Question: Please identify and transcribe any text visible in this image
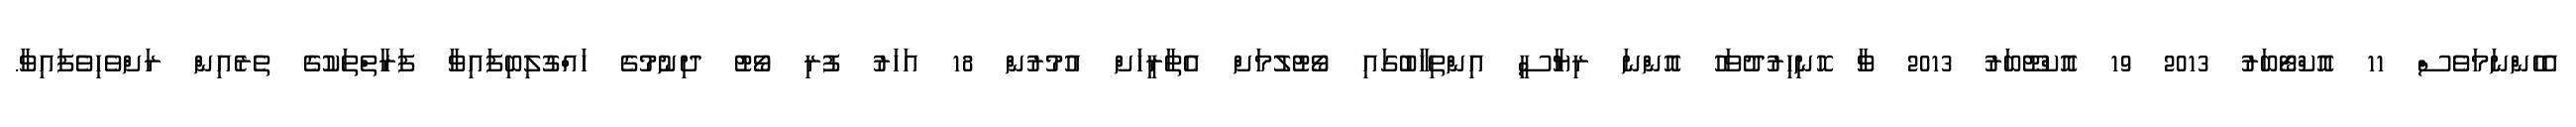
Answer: އެހެންނަމަވެސް 11 އޮކްޓޯބަރު 2013 19 އޮކްޓޫބަރު 2013 ވާ ހޮނިހިރުދުވަހު އޮންނަ ރިޔާސީ އިންތިޚާބުގައި ވޯޓުލުމަށް އެތާރީޚަށް އުމުރުން 18 އަހަރު ފުރި ވޯޓު ދިނުމުގެ ހައްގުލިބިފައިވާ ފަރާތްތަކުގެ ތެރެއިން ރަށްވެހިވެފައިވާ.